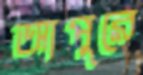
আপুরে